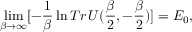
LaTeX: \operatorname * { l i m } _ { \beta \to \infty } [ - \frac { 1 } { \beta } \ln T r \, U ( \frac { \beta } { 2 } , - \frac { \beta } { 2 } ) ] = E _ { 0 } ,